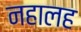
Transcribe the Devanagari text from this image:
नहालह